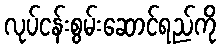
လုပ်ငန်းစွမ်းဆောင်ရည်ကို